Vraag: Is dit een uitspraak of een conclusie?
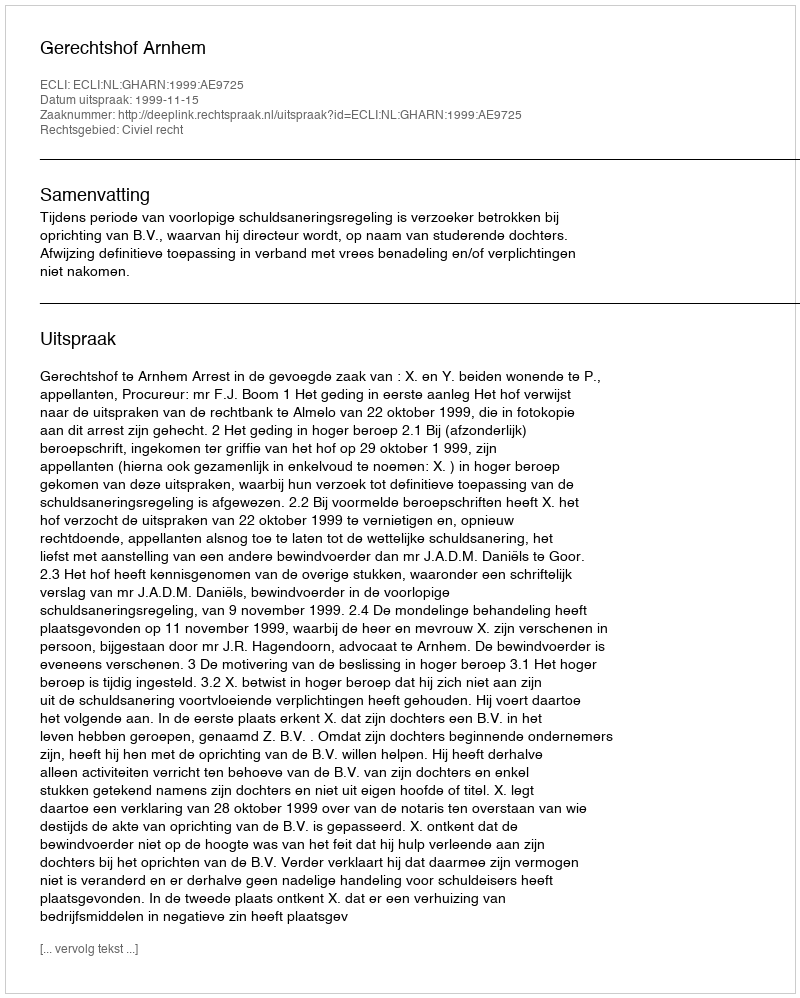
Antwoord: Uitspraak